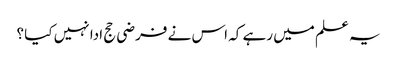
یہ علم میں رہے کہ اس نے فرضی حج ادا نہیں کیا ؟